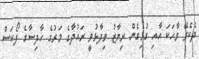
ދެކެވޭ ވާހަކަ އާއި ގުޅިގެން ރިޔާޒު ވިދާޅުވީ ރައުދާގެ މަރުގެ ހާދިސާގެ ފޯކަސް